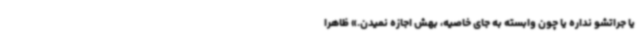
یا جراتشو نداره یا چون وابسته به جای خاصیه، بهش اجازه نمیدن.» ظاهرا